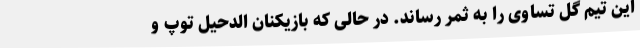
این تیم گل تساوی را به ثمر رساند. در حالی که بازیکنان الدحیل توپ و